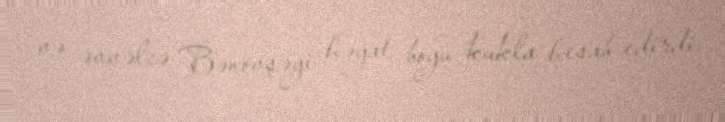
və əvvəlcə Bənövşəyi həyat boyu kukla hesab edirdi.